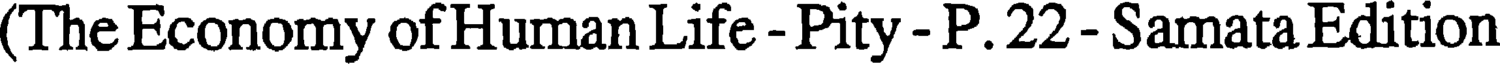
(The Economy of Human Life - Pity - P. 22 - Samata Edition